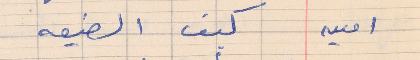
امين     كيف الضيعه